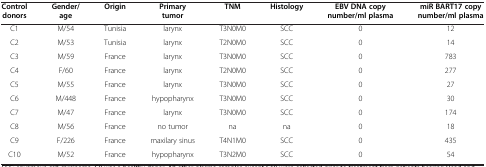
| Control donors | Gender/age | Origin | Primary tumor | TNM | Histology | EBV DNA copy number/ml plasma | miR BART17 copy number/ml plasma |
 | --- | --- | --- | --- | --- | --- | --- | --- |
 | C1 | M/54 | Tunisia | larynx | T3N0M0 | SCC | 0 | 12 |
 | C2 | M/53 | Tunisia | larynx | T2N0M0 | SCC | 0 | 14 |
 | C3 | M/59 | France | larynx | T3N0M0 | SCC | 0 | 783 |
 | C4 | F/60 | France | larynx | T2N0M0 | SCC | 0 | 277 |
 | C5 | M/55 | France | larynx | T3N0M0 | SCC | 0 | 27 |
 | C6 | M/448 | France | hypopharynx | T3N0M0 | SCC | 0 | 30 |
 | C7 | M/47 | France | larynx | T3N0M0 | SCC | 0 | 174 |
 | C8 | M/56 | France | no tumor | na | na | 0 | 18 |
 | C9 | F/226 | France | maxilary sinus | T4N1M0 | SCC | 0 | 435 |
 | C10 | M/52 | France | hypopharynx | T3N2M0 | SCC | 0 | 54 |